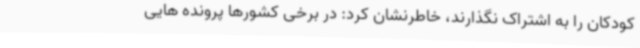
کودکان را به اشتراک نگذارند، خاطرنشان کرد: در برخی کشورها پرونده هایی